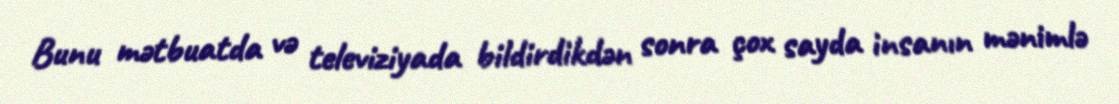
Bunu mətbuatda və televiziyada bildirdikdən sonra çox sayda insanın mənimlə